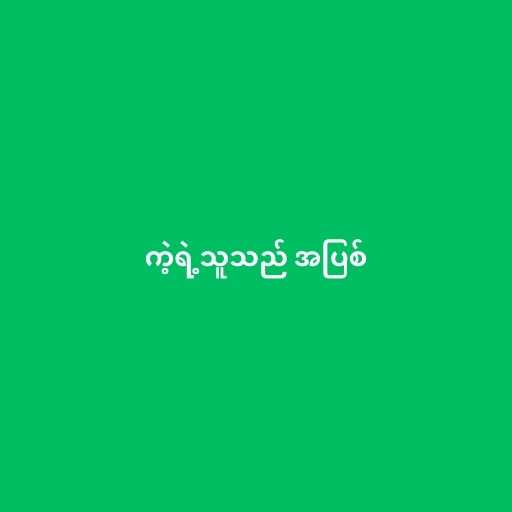
ကဲ့ရဲ့သူသည် အပြစ်